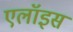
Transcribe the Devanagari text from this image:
एलॉइस